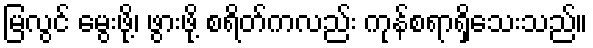
မြလွင် မွေးဖို့၊ ဖွားဖို့ စရိတ်ကလည်း ကုန်စရာရှိသေးသည်။